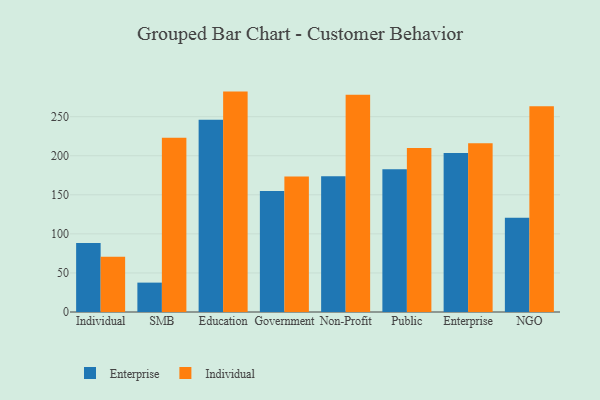
{"axis": {"x": "Segment", "y": "Latency (ms)"}, "legend": ["Enterprise", "Individual"], "data": [{"x": "Individual", "y": 88.3, "type": "Enterprise"}, {"x": "Individual", "y": 70.6, "type": "Individual"}, {"x": "SMB", "y": 37.6, "type": "Enterprise"}, {"x": "SMB", "y": 223.1, "type": "Individual"}, {"x": "Education", "y": 246.1, "type": "Enterprise"}, {"x": "Education", "y": 282.1, "type": "Individual"}, {"x": "Government", "y": 155.0, "type": "Enterprise"}, {"x": "Government", "y": 173.3, "type": "Individual"}, {"x": "Non-Profit", "y": 173.9, "type": "Enterprise"}, {"x": "Non-Profit", "y": 278.1, "type": "Individual"}, {"x": "Public", "y": 182.6, "type": "Enterprise"}, {"x": "Public", "y": 209.8, "type": "Individual"}, {"x": "Enterprise", "y": 203.5, "type": "Enterprise"}, {"x": "Enterprise", "y": 216.0, "type": "Individual"}, {"x": "NGO", "y": 120.6, "type": "Enterprise"}, {"x": "NGO", "y": 263.2, "type": "Individual"}]}